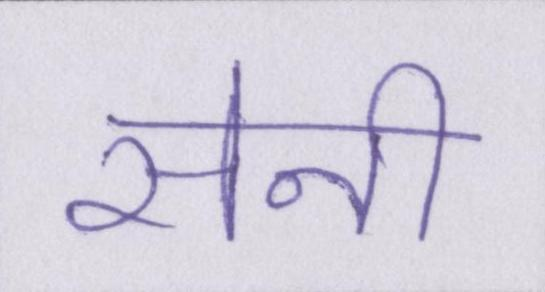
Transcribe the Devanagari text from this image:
सेनी